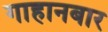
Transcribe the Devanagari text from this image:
गाहानबार